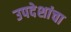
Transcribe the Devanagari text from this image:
उपदेशांचा